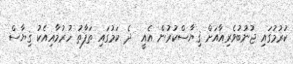
ކުރުމުގައި ޖުނުބުވެރިއާއަށް ޤިޔާސްކުރުން އެއީ  ދެ ކަމުގައި ތަފާތު ހުރުމާއިއެކު ޤިޔާސް